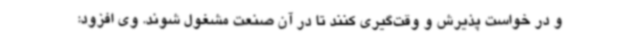
و در خواست پذیرش و وقت‌گیری کنند تا در آن صنعت مشغول شوند. وی افزود: